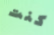
كنت